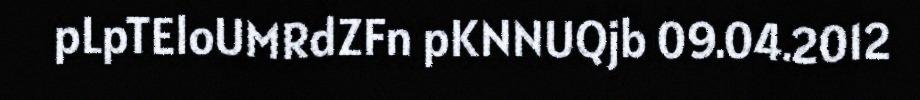
pLpTEloUMRdZFn pKNNUQjb 09.04.2012